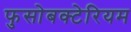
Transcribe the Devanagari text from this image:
फुसोबक्टेरियम